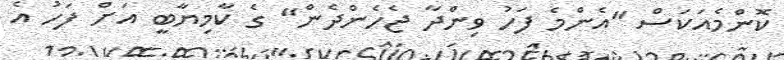
ކޮންމެއަކަސް "އެންމެ ފަހު ވިންދާ ޖެހެންދެން" ގެ ކާމިޔާބީ އަށް ފަހު އެ